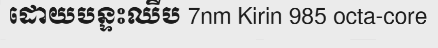
ដោយបន្ទះឈីប 7nm Kirin 985 octa-core